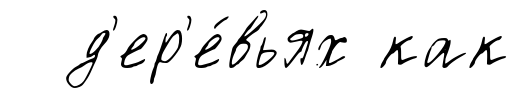
д'ер'е́вьях как